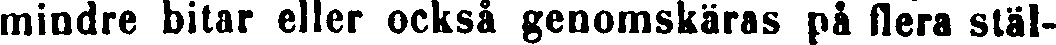
mindre bitar eller också genomskäras på flera stäl-